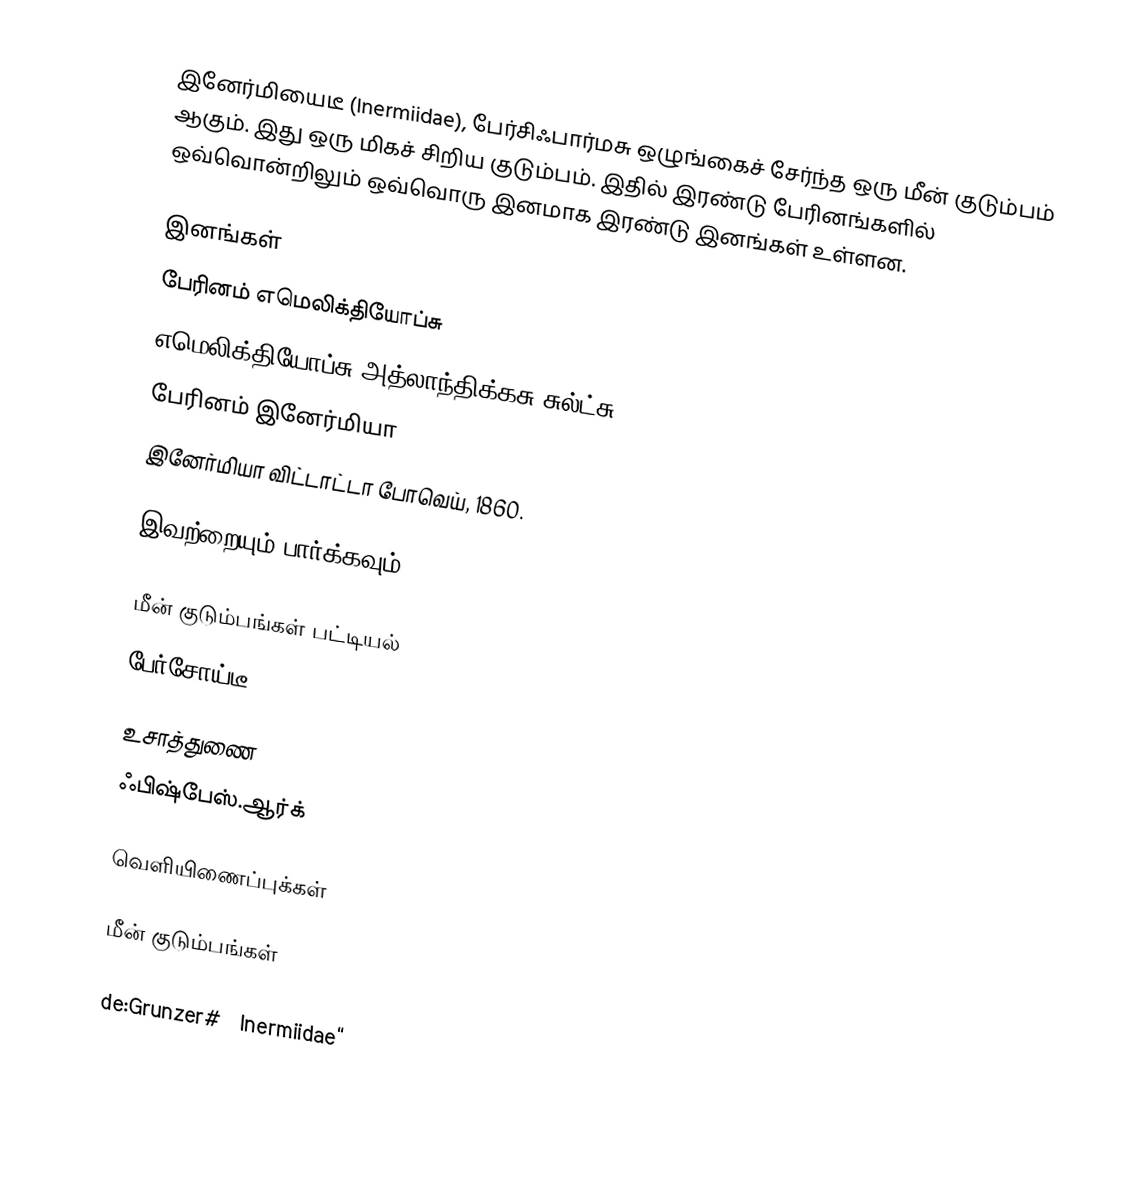
இனேர்மியைடீ (Inermiidae), பேர்சிஃபார்மசு ஒழுங்கைச் சேர்ந்த ஒரு மீன் குடும்பம் ஆகும். இது ஒரு மிகச் சிறிய குடும்பம். இதில் இரண்டு பேரினங்களில் ஒவ்வொன்றிலும் ஒவ்வொரு இனமாக இரண்டு இனங்கள் உள்ளன.

இனங்கள்
 பேரினம் எமெலிக்தியோப்சு
 எமெலிக்தியோப்சு அத்லாந்திக்கசு சுல்ட்சு, 1945.
 பேரினம் இனேர்மியா
 இனேர்மியா விட்டாட்டா போவெய், 1860.

இவற்றையும் பார்க்கவும்

 மீன் குடும்பங்கள் பட்டியல்
 பேர்சோய்டீ

உசாத்துணை
 ஃபிஷ்பேஸ்.ஆர்க்

வெளியிணைப்புக்கள்

மீன் குடும்பங்கள்

de:Grunzer#„Inermiidae“